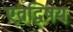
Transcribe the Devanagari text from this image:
एतद्विषय